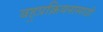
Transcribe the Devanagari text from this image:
बहुप्रक्रियनासाठी